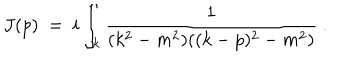
J ( p ) ~ = ~ i \int _ { k } \frac { 1 } { ( k ^ { 2 } - m ^ { 2 } ) ( ( k - p ) ^ { 2 } - m ^ { 2 } ) } ~ .